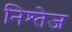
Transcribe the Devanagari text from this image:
निश्तेज